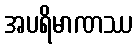
အပရိမာဏဿ